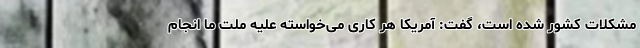
مشکلات کشور شده است، گفت: آمریکا هر کاری می‌خواسته علیه ملت ما انجام